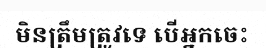
មិនត្រឹមត្រូវទេ បើអ្នកចេះ